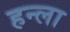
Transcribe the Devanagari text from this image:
हन्ला